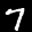
Label: 7